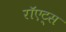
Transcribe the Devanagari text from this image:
रॉएट्स